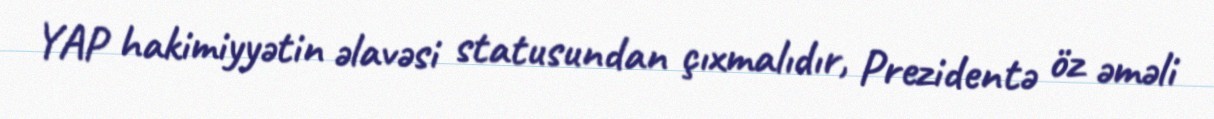
YAP hakimiyyətin əlavəsi statusundan çıxmalıdır, Prezidentə öz əməli